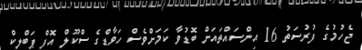
ޖެހުމުގެ ފުރުސަތު 16 އިންސައްތައަށް ބޮޑުވާ ކަމަށްވެސް ހަވާޑްގެ ސްކޫލް އޮފް ޕަބްލިކް